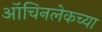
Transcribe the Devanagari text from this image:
ऑचिनलेकच्या